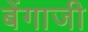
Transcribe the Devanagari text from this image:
बेंगाजी